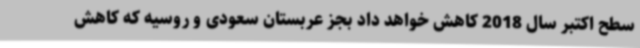
سطح اکتبر سال 2018 کاهش خواهد داد بجز عربستان سعودی و روسیه که کاهش